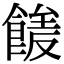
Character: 𩝘